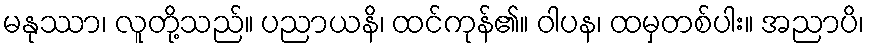
မနုဿာ၊ လူတို့သည်။ ပညာယနိ၊ ထင်ကုန်၏။ ဝါပန၊ ထမှတစ်ပါး။ အညာပိ၊